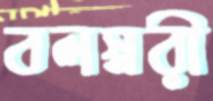
বলস্নরী